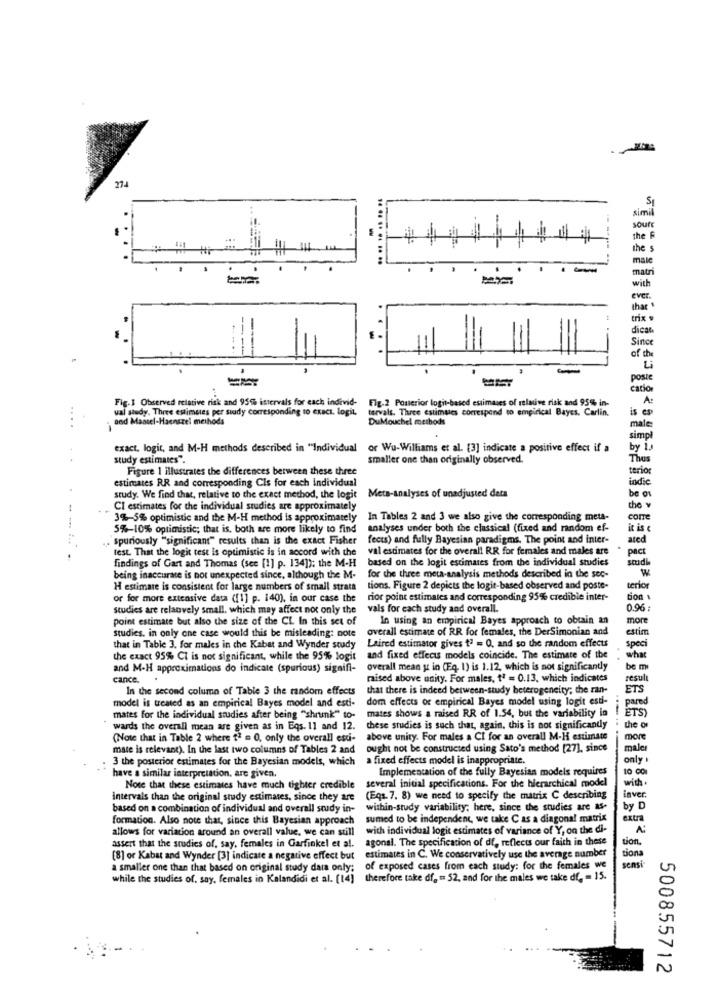
sim
souf
the F
111
the s
male
matri
with
ever.
that
trix
dica
Since
of the
poste
catie
Fig.3 Observed relative risk and 95% istervals for each individ-
A :
val study. Three estimeles per study corresponding to exact. logit,
tervalt. Three estimates correspond to empirical Bayes. Carlin.
Fig.2 Posterior logit-based estimates of relative risk and 95%, in-
is ep
and Maatel-Haenszel methods
DuMouchel methods
male
simpl
exact. logit, and M-H methods described in "Individual
or Wu-Williams et al. [3] indicate a positive effect if a
by 1.
study estimates".
smaller one than originally observed.
Thus
Figure 1 illustrates the differences between these three
terio
estimates RR and corresponding Cls for each Individual
indie
study. We find that, relative to the exact method, the logit
Meta-analyses of unadjusted data
be os
CI estimates for the individual studies are approximately
the v
3%-3% optimistic and the M-H method is approximately
In Tables 2 and 3 we also give the corresponding meta-
corre
5%-10% optimistic; that is, both are more likely to find analyses under both the classical (fixed and random ef-
it is
. spuriously "significant" results than is the exact Fisher
fects) and fully Bayesian paradigms. The point and inter-
ated
test. That the logit test Is optimistic is in accord with the
val estimates for the overall RR for females and males are
Pact
findings of Gart and Thomas (see [1] p. 134]); the M-H
based on the logit estimates from the individual studies
studi
for the three meta-analysis methods described in the sec-
W
being inaccurate is not unexpected since, although the M-
H estimate is consistent for large numbers of small strath
tions. Figure 2 depicts the logit-based observed and poste-
terior
or for more extensive data ([1] p. 140), in our case the
rior point estimates and corresponding 95% credible inter-
tion
studies are relauvely small, which may affect not only the
vals for each study and overall.
0.96
point estimate but also the size of the CL In this set of
In using an empirical Bayes approach to obtain an
more
studies. in only one case would this be misleading: note
overall estimate of RR for females, the DerSimonian and
estim
that in Table 3. for males in the Kabat and Wynder study
Laired estimator gives t' = 0, and so the random effects
spec
the exact 95% Cl is not significant, while the 95% logit
and fixed effects models coincide. The estimate of the
what
and M-H approximations do indicate (spurious) signifi-
overall mean y in (Eq. 1) is 1.12, which is not significantly
be ms
cance.
raised above unity. For males, tª = 0.13, which indicates
result
In the second column of Table 3 the random effects
that there is indeed between-study heterogeneity; the ran-
ETS
model is treated as an empirical Bayes model and esti-
dom effects of empirical Bayes model using logit est- ; pared
mates shows a raised RR of 1.54, but the variability la
ETS)
mates for the individual studies after being ""shrunk" to-
wards the overall mean are given as in Eqs. 11 and 12.
these studies is such that, again, this is not significanty . the of
(Note that in Table 2 where ?? = 0, only the overall esti-
above unity. For males a CI for an overall M-H estimate
mor
mate is relevant). In the last two columns of Tables 2 and
ought not be constructed using Sato's method [27], since
maler
. 3 the posterior estimates for the Bayesian models, which a fixed effects model is inappropriate.
only
Implementation of the fully Bayesian models requires
have a similar interpretation, are given.
with.
Note that these estimates have much tighter credible several initial specifications. For the hierarchical model
intervals than the original study estimates, since they are (Eqs. 7. 8) we need to specify the matrix C describing
laver.
based on a combination of individual and overall study in-
within-study variability; here, since the studies are as-
by D
formation. Also note that, since this Bayesian approach
sumed to be independent, we take Cas a diagonal matrix
extra
allows for variation around an overall value, we can still
with individual logic estimates of variance of Y, on the di-
agonal. The specification of df, reflects our faith in these
tion,
assert that the studies of, say, females in Garfinkel et al.
[8] or Kabat and Wynder [3] indicate a negative effect but estimates in C. We conservatively use the average number
tiona
a smaller one than that based on original study dais only: of exposed cases from each study: for the females we
sensi
while the studies of, say, females in Kalandidi et al. [14]
therefore take df. = 52, and for the males we take df. = 15.
500855712